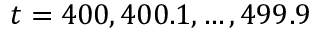
t = 4 0 0 , 4 0 0 . 1 , \ldots , 4 9 9 . 9